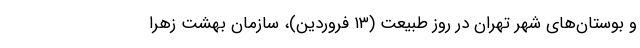
و بوستان‌های شهر تهران در روز طبیعت (۱۳ فروردین)، سازمان بهشت زهرا